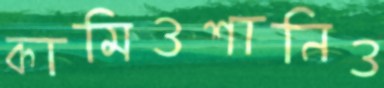
কামিওশানিও